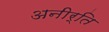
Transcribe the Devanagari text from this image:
अनीर्ति